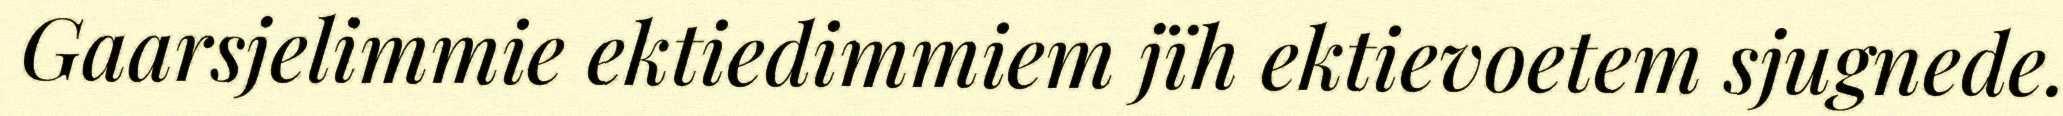
Gaarsjelimmie ektiedimmiem jïh ektievoetem sjugnede.